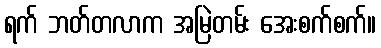
ရက် ဘတ်တလာက အမြဲတမ်း အေးစက်စက်။